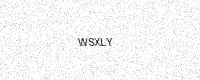
Text: WSXLY